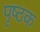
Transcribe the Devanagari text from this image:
पृष्ठक